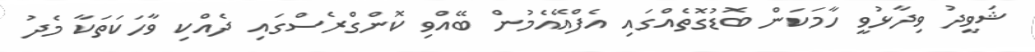
ޝަވީދު ވިދާޅުވީ ހާމަކަން ބޮޑުގޮތެއްގައި އެފްއޭއެމުން ބޭއްވި ކޮންގްރެސްގައި ދެއްކި ވާހަކަތަކާ މެދު